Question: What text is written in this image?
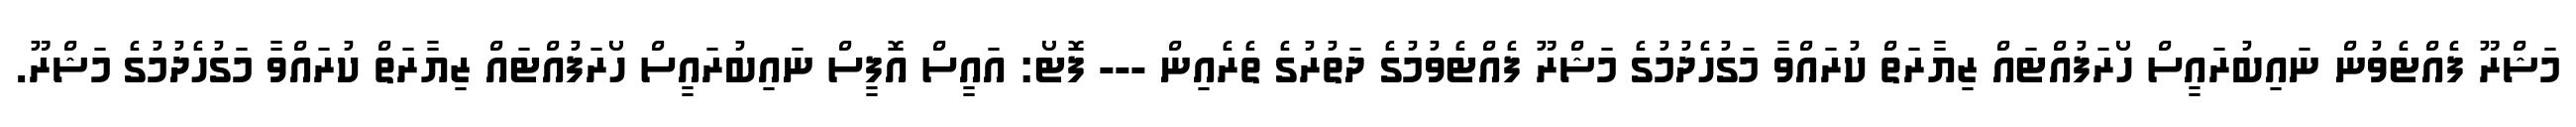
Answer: މަޝްރޫ ފެއްޓެވުން ނައިބުރައީސް ހޯރަފުއްޓައް ޒިޔާރަތް ކުރައްވާ މަގުހެދުމުގެ މަޝްރޫ ފެއްޓެވުމުގެ ދަތުރުގެ ތެރެއިން --- ފޮޓޯ: އައީސް އޮފީސް ނައިބުރައީސް ހޯރަފުއްޓައް ޒިޔާރަތް ކުރައްވާ މަގުހެދުމުގެ މަޝްރޫ.